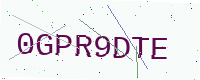
Text: 0GPR9DTE